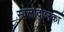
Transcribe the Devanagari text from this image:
स्क्लोदोव्स्का